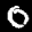
Label: 0